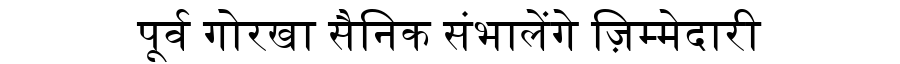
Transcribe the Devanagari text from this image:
पूर्व गोरखा सैनिक संभालेंगे ज़िम्मेदारी